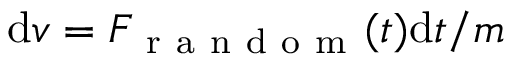
\mathrm { d } v = F _ { \mathrm { ~ r ~ a ~ n ~ d ~ o ~ m ~ } } ( t ) \mathrm { d } t / m